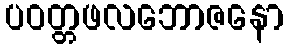
ပဝတ္တဖလဘောဇနော